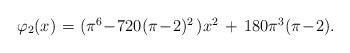
LaTeX: \begin{align*}\begin{array}{rcl}\varphi_{2}(x) \!&\!\!=\!\!&\!(\pi^{6}\!-\!720(\pi\!-\!2)^{2}\,) x^{2}\,+\,180\pi^{3}(\pi\!-\!2). \\\end{array}\end{align*}